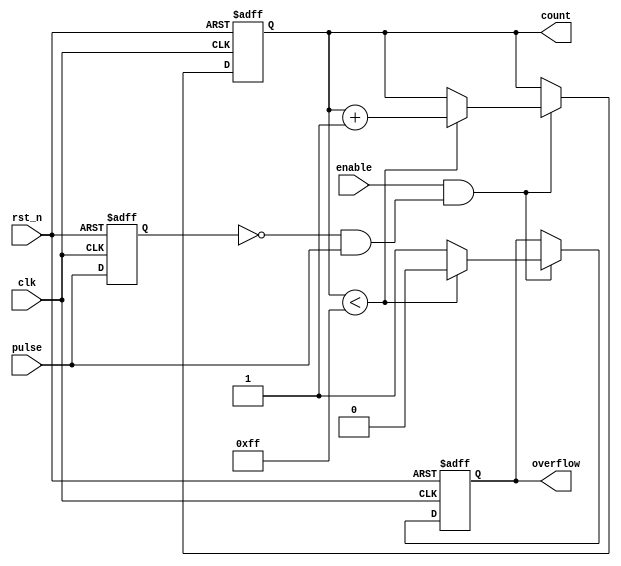
module PulseCounter (
    input wire clk,          // Clock signal
    input wire rst_n,       // Asynchronous reset (active low)
    input wire pulse,       // Input pulse signal
    input wire enable,      // Enable signal for counting
    output reg [7:0] count, // 8-bit output for the counter
    output reg overflow     // Overflow flag
);

// Parameter for maximum count value
parameter MAX_COUNT = 8'd255;

// Internal signal to detect pulse edge
reg pulse_d; // Delayed pulse signal for edge detection

always @(posedge clk or negedge rst_n) begin
    if (!rst_n) begin
        count <= 8'b0;
        overflow <= 1'b0;
        pulse_d <= 1'b0;
    end else begin
        // Edge detection logic
        pulse_d <= pulse; // Delay pulse signal by one clock cycle
        // Count only when the pulse rises and enable is high
        if (enable && (!pulse_d && pulse)) begin
            if (count < MAX_COUNT) begin
                count <= count + 1'b1; // Increment count
                overflow <= 1'b0; // Clear overflow flag
            end else begin
                overflow <= 1'b1; // Set overflow flag when max count is reached
            end
        end
    end
end

endmodule